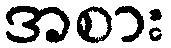
အစား